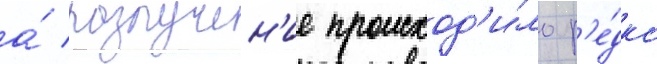
а́ разлучен'ие происход'и́ло р'е́дко